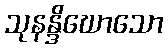
သုနန္ဒိဃောသော